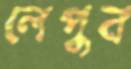
লেপুন